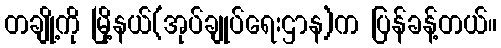
တချို့ကို မြို့နယ်(အုပ်ချုပ်ရေးဌာန)က ပြန်ခန့်တယ်။